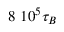
8 ~ 1 0 ^ { 5 } \tau _ { B }